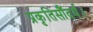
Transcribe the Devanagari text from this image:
प्रकृतिसौंदर्य।